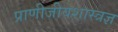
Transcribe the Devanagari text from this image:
प्राणीजीवशास्त्रज्ञ